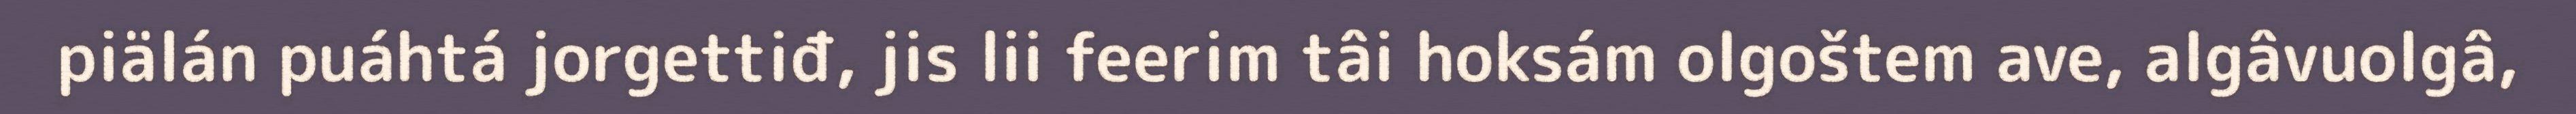
piälán puáhtá jorgettiđ, jis lii feerim tâi hoksám olgoštem ave, algâvuolgâ,